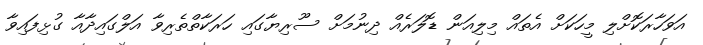
އަވަހާރަކޮށްލި މީހަކަށް އެތައް މިލިއަން ޑޮލަރެއް ދިނުމަށް ސޫރިޔާގައި ހަރަކާތްތެރިވާ އަލްގައިދާއާ ގުޅިފައިވާ